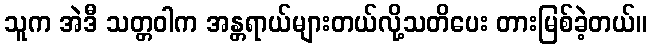
သူက အဲဒီ သတ္တဝါက အန္တရာယ်များတယ်လို့သတိပေး တားမြစ်ခဲ့တယ်။